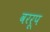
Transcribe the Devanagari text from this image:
वररूप